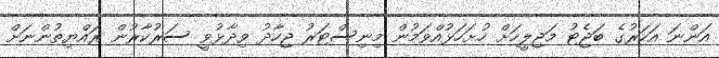
އަންނަ އަހަރުގެ ބަޖެޓު މަޖިލީހަށް ހުށަހަޅުއްވަމުން މިނިސްޓަރު ޖިހާދު ވިދާޅުވީ ސަރުކާރުން ރައްޔިތުންނަށް